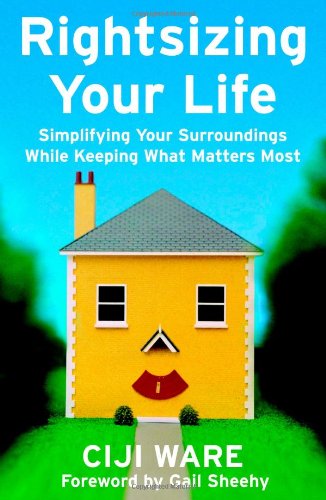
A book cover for Rightsizing Your Life: Simplifying Your Surroundings While Keeping What Matters Most; Ciji Ware; Self-Help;